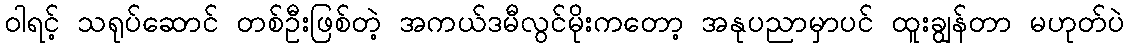
ဝါရင့် သရုပ်ဆောင် တစ်ဦးဖြစ်တဲ့ အကယ်ဒမီလွင်မိုးကတော့ အနုပညာမှာပင် ထူးချွန်တာ မဟုတ်ပဲ